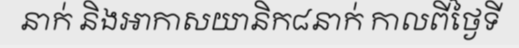
នាក់ និងអាកាសយានិក៨នាក់ កាលពីថ្ងៃទី